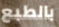
بالطبع